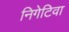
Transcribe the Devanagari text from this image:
निगेटिवा